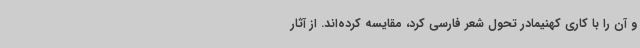
و آن را با کاری کهنیمادر تحول شعر فارسی کرد، مقایسه کرده‌اند. از آثار